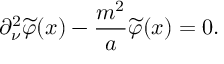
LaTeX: \partial _ { \nu } ^ { 2 } \widetilde { \varphi } ( x ) - \frac { m ^ { 2 } } { a } \widetilde { \varphi } ( x ) = 0 .